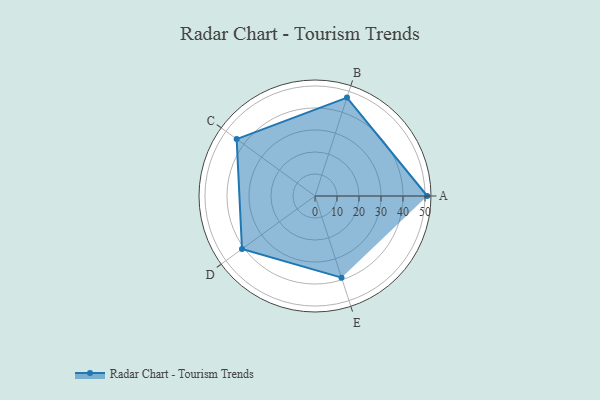
{"axis": {"x": "Skill", "y": "Score"}, "legend": ["Profile"], "data": [{"x": "A", "y": 51.0, "type": "Profile"}, {"x": "B", "y": 47.0, "type": "Profile"}, {"x": "C", "y": 44.0, "type": "Profile"}, {"x": "D", "y": 41.0, "type": "Profile"}, {"x": "E", "y": 39.0, "type": "Profile"}]}